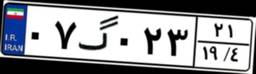
۰۷گ۰۲۳۲۱